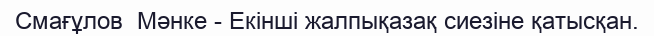
Смағұлов  Мәнке - Екінші жалпықазақ сиезіне қатысқан.